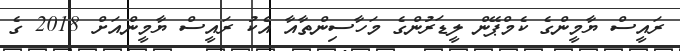
ރައީސް ޔާމީންގެ ކެމްޕޭން ލީޑަރުންގެ މަހާސިންތާއާ އެކު ރައީސް ޔާމީންއަށް 2018 ގެ